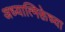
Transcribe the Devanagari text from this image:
अध्यात्मिक्तेच्या